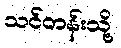
သင်တန်းသို့